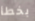
بخطأ